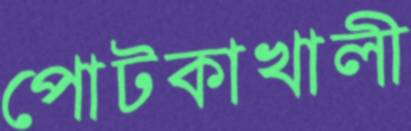
পোটকাখালী